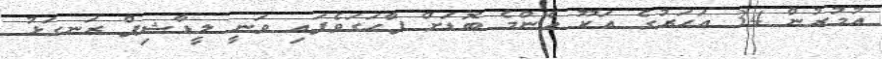
އުމުރުން 34 އަހަރުގެ އަކޫ އެންމެ ބޮޑަށް ފާހަގަވެފައި ވަނީ ލީޑާޝިޕް ރަނގަޅު